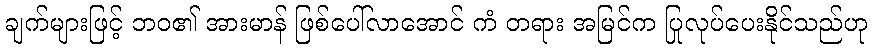
ချက်များဖြင့် ဘဝ၏ အားမာန် ဖြစ်ပေါ်လာအောင် ကံ တရား အမြင်က ပြုလုပ်ပေးနိုင်သည်ဟု